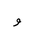
Letter: _waw